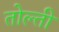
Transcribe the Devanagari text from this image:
तोल्ती